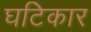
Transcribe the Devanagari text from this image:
घटिकार